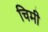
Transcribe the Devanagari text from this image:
चिमी